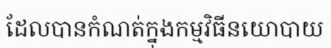
ដែលបានកំណត់ក្នុងកម្មវិធីនយោបាយ